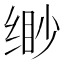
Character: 缈